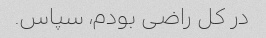
در کل راضی بودم، سپاس.